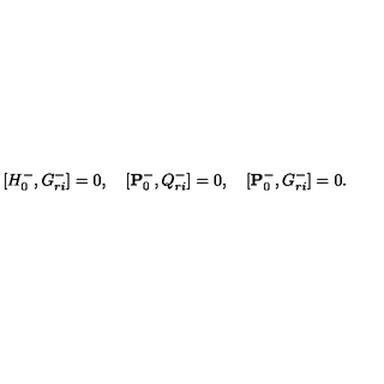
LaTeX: \lbrack { H _ { 0 } ^ { - } , G _ { r i } ^ { - } } \rbrack = 0 , \quad \lbrack { { \bf P } _ { 0 } ^ { - } , Q _ { r i } ^ { - } } \rbrack = 0 , \quad \lbrack { { \bf P } _ { 0 } ^ { - } , G _ { r i } ^ { - } } \rbrack = 0 .